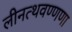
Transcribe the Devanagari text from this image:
लीनत्थवण्णणा